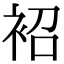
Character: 袑